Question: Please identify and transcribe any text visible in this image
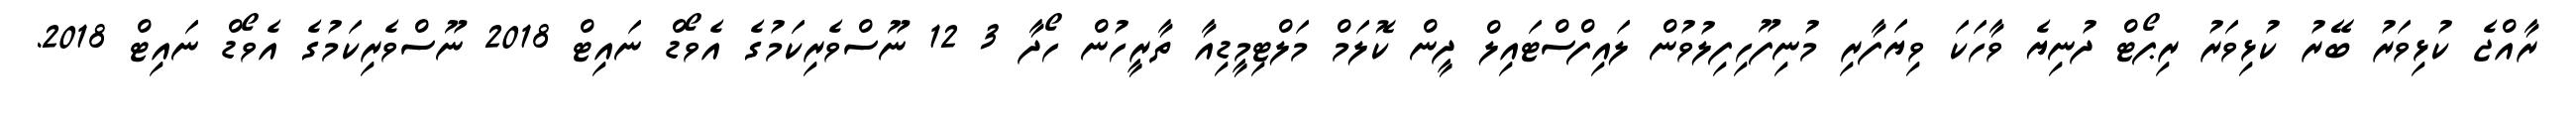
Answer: ރާއްޖެ ކުޅިވަރު ބޭރު ކުޅިވަރު ރިޕޯޓް ދުނިޔެ ވާހަކަ ވިޔަފާރި މުނިފޫހިފިލުވުން ލައިފްސްޓައިލް ދީން ކޮލަމް މަލްޓިމީޑިއާ ތާރީހުން ހޯދާ 3 12 ނޫސްވެރިކަމުގެ އެވޯޑް ނައިޓް 2018 ނޫސްވެރިކަމުގެ އެވޯޑް ނައިޓް 2018.